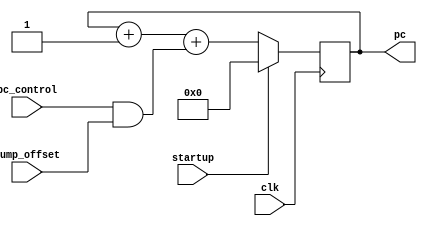
module program_counter(
  clk,
  pc_control,
  jump_offset,
  pc,
startup);

  input clk;
  input [7:0] pc_control;
  input [7:0] jump_offset;
  input startup;
  wire [7:0] pc_update;
  output [7:0] pc;
  
  reg [7:0] pc;
  wire [7:0] offset;
  
  assign pc_update = pc + 1 + (pc_control & jump_offset);

  
  always @ (posedge clk)
    begin 
      if (startup == 1) begin 
        pc <= 8'b0;
    	end else
          pc <= pc_update;
  end 
endmodule

//TestBench
/*
//Testbench
>>>>>>> 4d6a32566784de6976dc15622f2a071d692b5961
module test;
  
  reg clk;
  reg [7:0] pc_control;
  reg [7:0] jump_offset;
<<<<<<< HEAD
=======
  reg startup;
>>>>>>> 4d6a32566784de6976dc15622f2a071d692b5961
  reg [7:0] pc;
  
   program_counter PROGRAM_COUNTER(
    .clk(clk),
    .pc_control(pc_control),
    .jump_offset(jump_offset),
    .pc(pc),
    .startup(startup));
    
  initial begin
    $display("Initial conditions");
<<<<<<< HEAD
    pc = 8'b0;
=======
    startup = 1;
>>>>>>> 4d6a32566784de6976dc15622f2a071d692b5961
    clk = 0;
    pc_control = 8'b0;
    jump_offset = 8'b11;
    display;
    
    #10 startup = 1;
    clk = 1;
    display;
    
    #10 startup = 0;
    clk = 0;
    display;
    
    pc_control = 8'b11111111;
    clk = 1;
    display;
    
    pc_control = 8'b0;
    clk = 0;
    display;
    
    clk = 1;
    display;
  end
  
 
  
 task display;
   #1 $display("pc:%b, pc_control:%b, jump_offset=%b, clk=%b, startup=%b", pc, pc_control, jump_offset, clk, startup);
  endtask
<<<<<<< HEAD
  
  
endmodule
=======
endmodule
*/